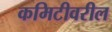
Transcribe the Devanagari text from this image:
कमिटीवरील